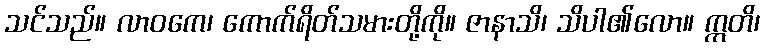
သင်သည်။ လာဝကေ၊ ကောက်ရိတ်သမားတို့ကို။ ဇာနာသိ၊ သိပါ၏လော။ ဣတိ၊